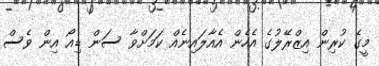
މީގެ ކުރިން އިޒްރޭލުގެ އެެހެން އެއާލައިނެއް ކަމަށްވާ ސަން ޑިއޯ އިން ވެސް